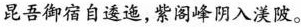
昆吾御宿自逶迤，紫阁峰阴入羡陂。